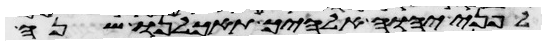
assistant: לפני יהוה אלהיך תאכלנו שנה